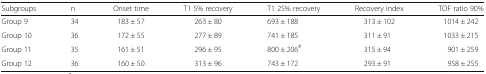
<table><thead><tr><td><b>Subgroups</b></td><td><b>n</b></td><td><b>Onset time</b></td><td><b>T1 5% recovery</b></td><td><b>T1 25% recovery</b></td><td><b>Recovery index</b></td><td><b>TOF ratio 90%</b></td></tr></thead><tbody><tr><td>Group 9</td><td>34</td><td>183 ± 57</td><td>263 ± 80</td><td>693 ± 188</td><td>313 ± 102</td><td>1014 ± 242</td></tr><tr><td>Group 10</td><td>36</td><td>172 ± 55</td><td>277 ± 89</td><td>741 ± 185</td><td>311 ± 91</td><td>1033 ± 215</td></tr><tr><td>Group 11</td><td>35</td><td>161 ± 51</td><td>296 ± 95</td><td>800 ± 206<sup>#</sup></td><td>315 ± 94</td><td>901 ± 259</td></tr><tr><td>Group 12</td><td>36</td><td>160 ± 50</td><td>313 ± 96</td><td>743 ± 172</td><td>293 ± 91</td><td>958 ± 255</td></tr></tbody></table>